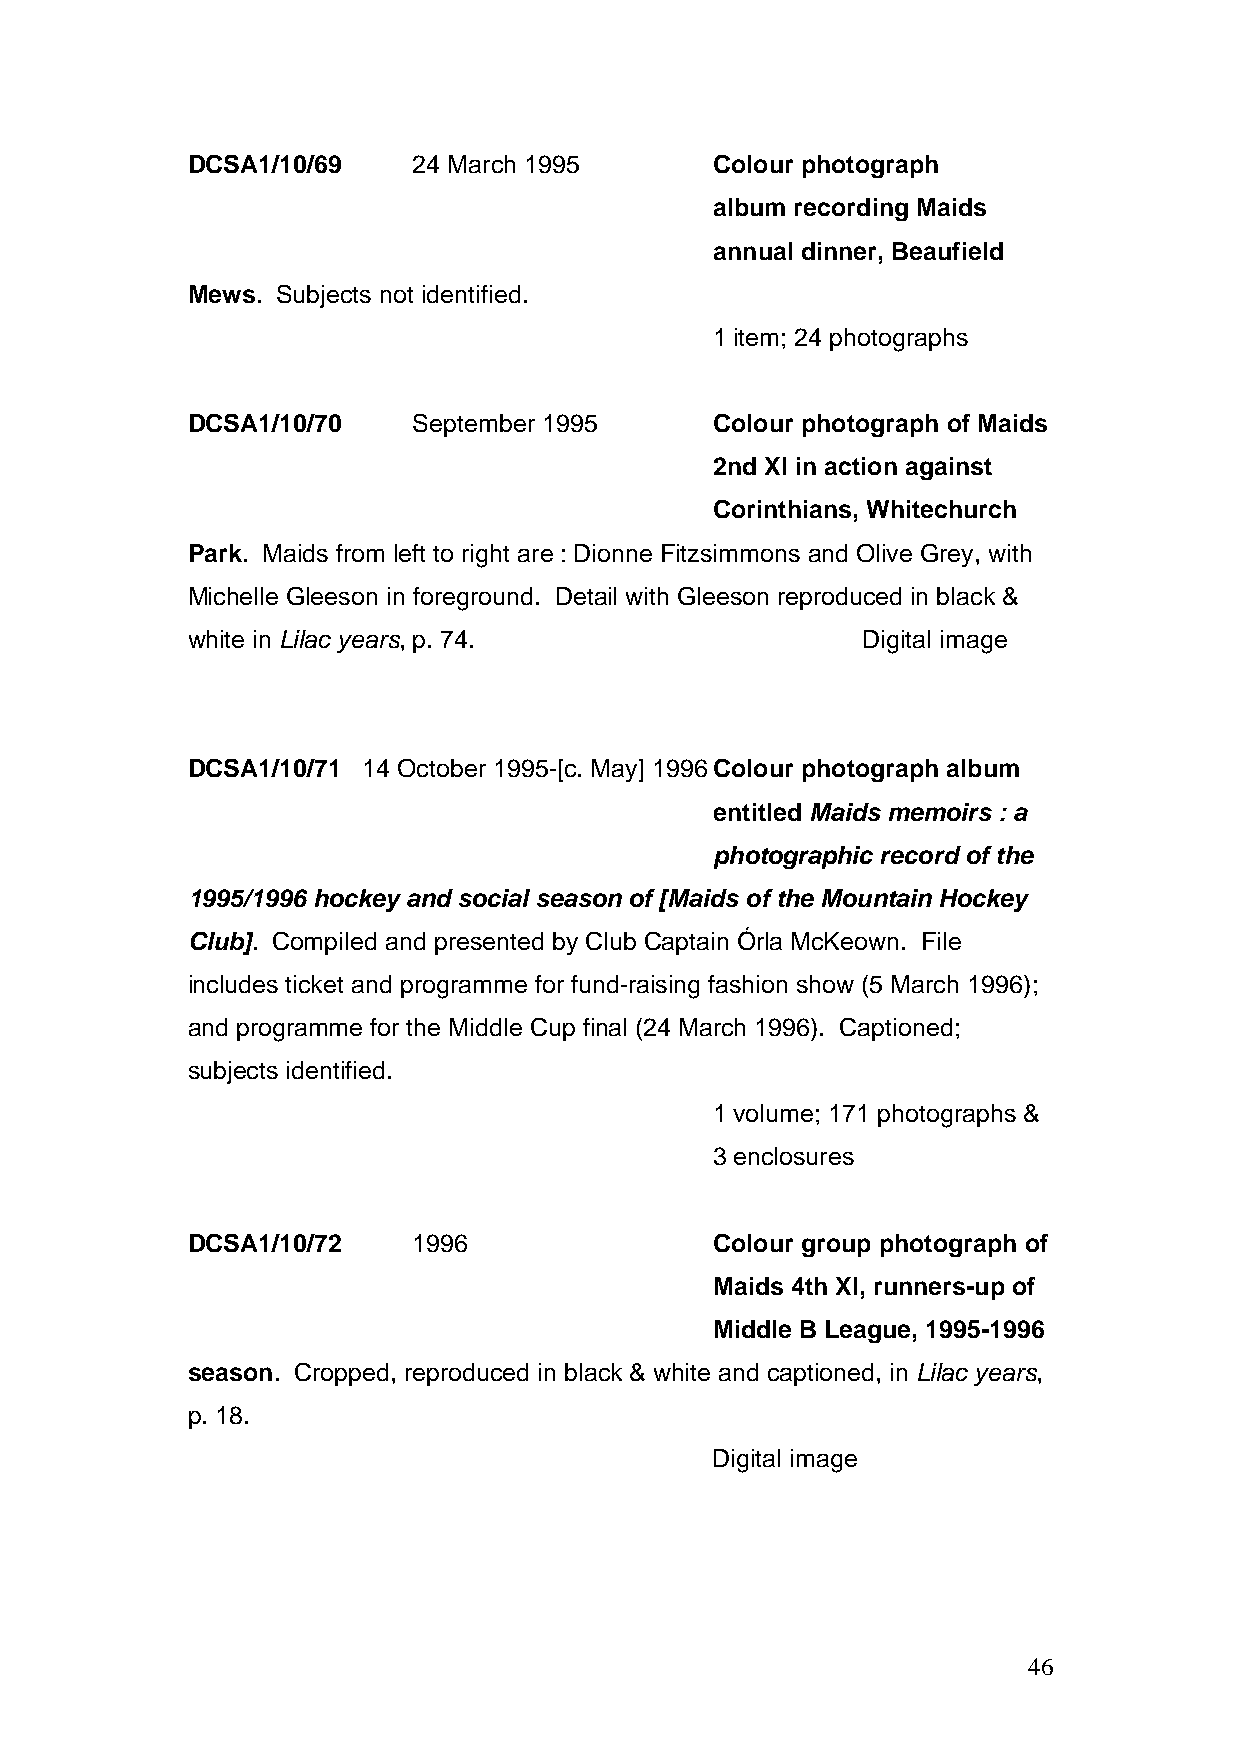
DCSA1/10/69    24 March 1995       Colour photograph
 album recording Maids
 annual dinner, Beaufield
 Mews. Subjects not identified.
 1 item; 24 photographs
 DCSA1/10/70    September 1995      Colour photograph of Maids
 2nd XI in action against
 Corinthians, Whitechurch
 Park. Maids from left to right are : Dionne Fitzsimmons and Olive Grey, with
 Michelle Gleeson in foreground. Detail with Gleeson reproduced in black &
 white in Lilac years, p. 74.                 Digital image
 DCSA1/10/71 14 October 1995-[c. May] 1996 Colour photograph album
 entitled Maids memoirs : a
 photographic record of the
 1995/1996 hockey and social season of [Maids of the Mountain Hockey
 Club]. Compiled and presented by Club Captain Órla McKeown. File
 includes ticket and programme for fund-raising fashion show (5 March 1996);
 and programme for the Middle Cup final (24 March 1996). Captioned;
 subjects identified.
 1 volume; 171 photographs &
 3 enclosures
 DCSA1/10/72    1996                Colour group photograph of
 Maids 4th XI, runners-up of
 Middle B League, 1995-1996
 season. Cropped, reproduced in black & white and captioned, in Lilac years,
 p. 18.
 Digital image
 46